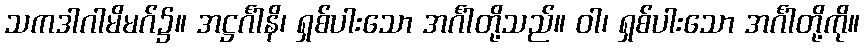
သကဒါဂါမိမဂ်၌။ အဋ္ဌင်္ဂါနိ၊ ရှစ်ပါးသော အင်္ဂါတို့သည်။ ဝါ၊ ရှစ်ပါးသော အင်္ဂါတို့ကို။